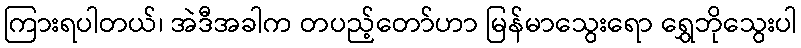
ကြားရပါတယ်၊ အဲဒီအခါက တပည့်တော်ဟာ မြန်မာသွေးရော ရွှေဘိုသွေးပါ